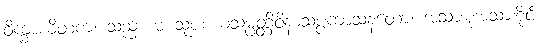
ဝိက္ခာယိတကံ၊ သည်။ မံ သုပစယသမ္ပတ္တိဝိနာသပ္ပကာသနတော၊ အသားစုအသားစိုင်